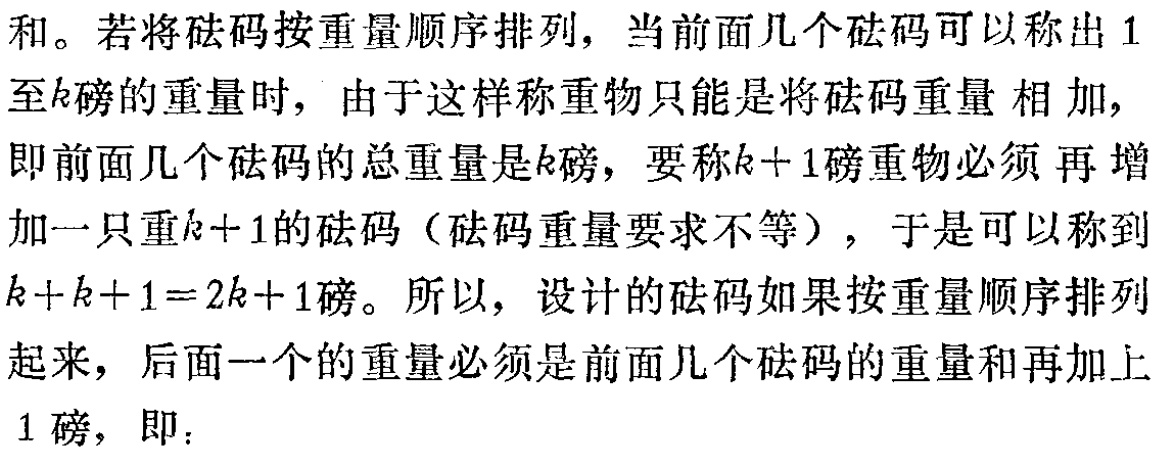
和。若将砝码按重量顺序排列，当前面几个砝码可以称出 1 至\(k\)磅的重量时，由于这样称重物只能是将砝码重量 相加，即前面几个砝码的总重量是\(k\)磅，要称\(k + 1\)磅重物必须 再 增 加一只重\(k + 1\)的砝码（砝码重量要求不等），于是可以称到\(k + k + 1 = 2k + 1\)磅。所以，设计的砝码如果按重量顺序排列起来，后面一个的重量必须是前面几个砝码的重量和再加上 1 磅，即：